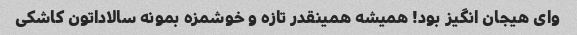
وای هیجان انگیز بود! همیشه همینقدر تازه و خوشمزه بمونه سالاداتون کاشکی